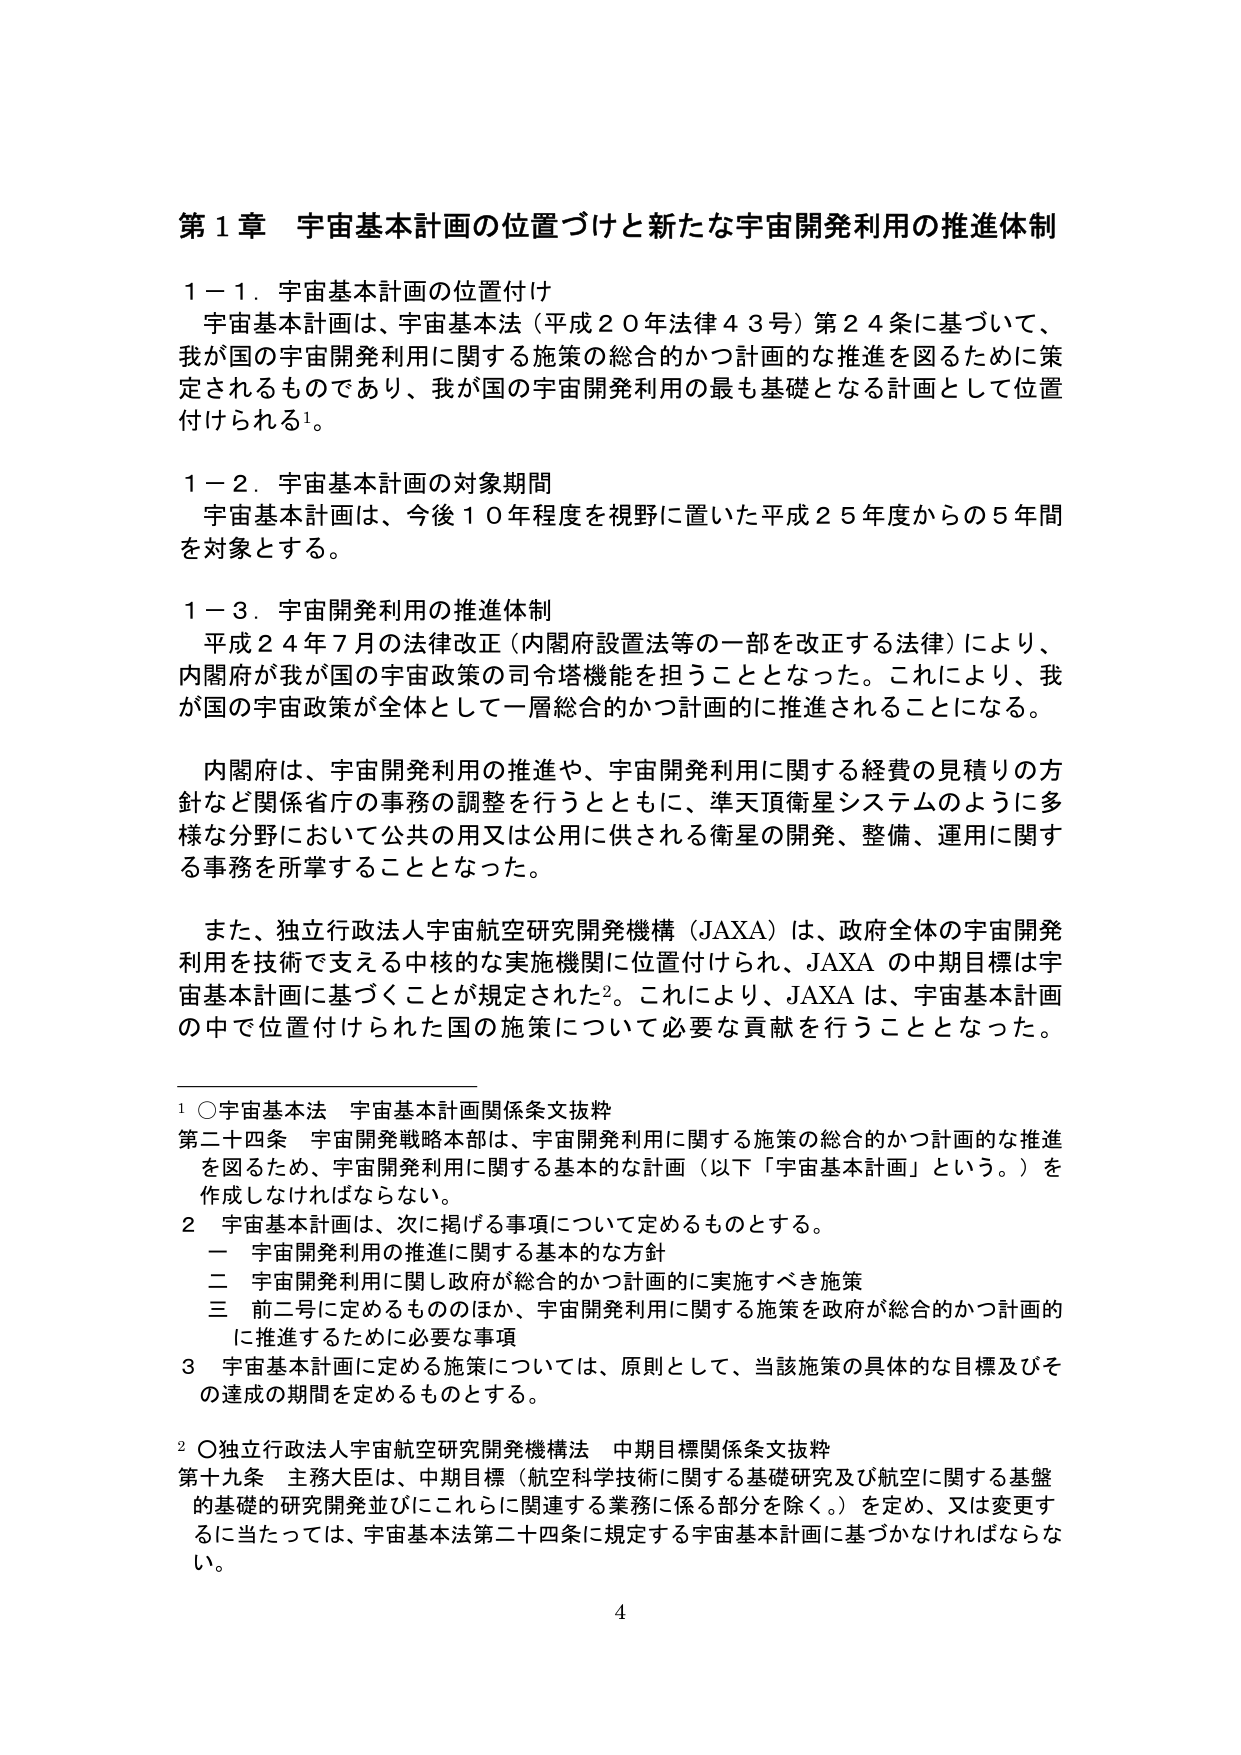
第１章 宇宙基本計画の位置づけと新たな宇宙開発利用の推進体制

１－１．宇宙基本計画の位置付け
　宇宙基本計画は、宇宙基本法（平成２０年法律４３号）第２４条に基づいて、
我が国の宇宙開発利用に関する施策の総合的かつ計画的な推進を図るために策
定されるものであり、我が国の宇宙開発利用の最も基礎となる計画として位置
付けられる¹。

１－２．宇宙基本計画の対象期間
　宇宙基本計画は、今後１０年程度を視野に置いた平成２５年度からの５年間
を対象とする。

１－３．宇宙開発利用の推進体制
　平成２４年７月の法律改正（内閣府設置法等の一部を改正する法律）により、
内閣府が我が国の宇宙政策の司令塔機能を担うこととなった。これにより、我
が国の宇宙政策が全体として一層総合的かつ計画的に推進されることになる。

　内閣府は、宇宙開発利用の推進や、宇宙開発利用に関する経費の見積りの方
針など関係省庁の事務の調整を行うとともに、準天頂衛星システムのように多
様な分野において公共の用又は公用に供される衛星の開発、整備、運用に関す
る事務を所掌することとなった。

　また、独立行政法人宇宙航空研究開発機構（JAXA）は、政府全体の宇宙開発
利用を技術で支える中核的な実施機関に位置付けられ、JAXA の中期目標は宇
宙基本計画に基づくことが規定された²。これにより、JAXA は、宇宙基本計画
の中で位置付けられた国の施策について必要な貢献を行うこととなった。

¹ ○宇宙基本法　宇宙基本計画関係条文抜粋
第二十四条　宇宙開発戦略本部は、宇宙開発利用に関する施策の総合的かつ計画的な推進
を図るため、宇宙開発利用に関する基本的な計画（以下「宇宙基本計画」という。）を
作成しなければならない。
２　宇宙基本計画は、次に掲げる事項について定めるものとする。
　一　宇宙開発利用の推進に関する基本的な方針
　二　宇宙開発利用に関し政府が総合的かつ計画的に実施すべき施策
　三　前二号に定めるもののほか、宇宙開発利用に関する施策を政府が総合的かつ計画的
　　に推進するために必要な事項
３　宇宙基本計画に定める施策については、原則として、当該施策の具体的な目標及びそ
　　の達成の期間を定めるものとする。

² ○独立行政法人宇宙航空研究開発機構法　中期目標関係条文抜粋
第十九条　主務大臣は、中期目標（航空科学技術に関する基礎研究及び航空に関する基盤
　　的基礎的研究開発並びにこれらに関連する業務に係る部分を除く。）を定め、又は変更す
　　るに当たっては、宇宙基本法第二十四条に規定する宇宙基本計画に基づかなければならな
　　い。

4